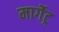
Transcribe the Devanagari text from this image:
मार्गेट्र